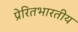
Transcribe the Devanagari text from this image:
प्रेरितभारतीय